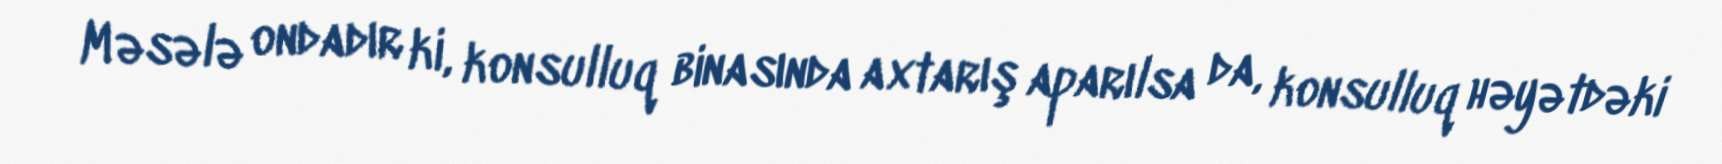
Məsələ ondadır ki, konsulluq binasında axtarış aparılsa da, konsulluq həyətdəki